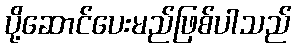
ပို့ဆောင်ပေးမည်ဖြစ်ပါသည်